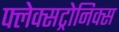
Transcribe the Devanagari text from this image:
फ्लेक्सट्रोनिक्स